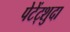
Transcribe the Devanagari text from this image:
पेटेंट्शुदा